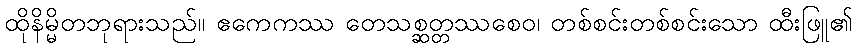
ထိုနိမ္မိတဘုရားသည်။ ဧကေကဿ တေသစ္ဆတ္တဿစေဝ၊ တစ်စင်းတစ်စင်းသော ထီးဖြူ၏